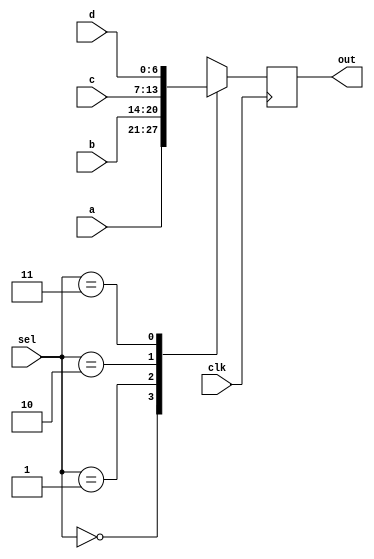
/*
Author: Spence Johnston
Module:  4x1 mux
Purpose: 4x1 mux that outputs proper input.
*/

module mux_4x1 (
	input clk,
	input [6:0] a, b, c, d, 
	input [1:0] sel,
	output reg [6:0] out
);

always @ ( posedge clk)
begin
	case (sel)
		2'b00:
			out = a;
		2'b01:
			out = b;
		2'b10:
			out = c;
		2'b11:
			out = d;
	endcase
end

endmodule